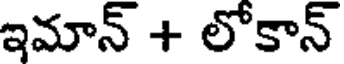
ఇమాన్ + లోకాన్